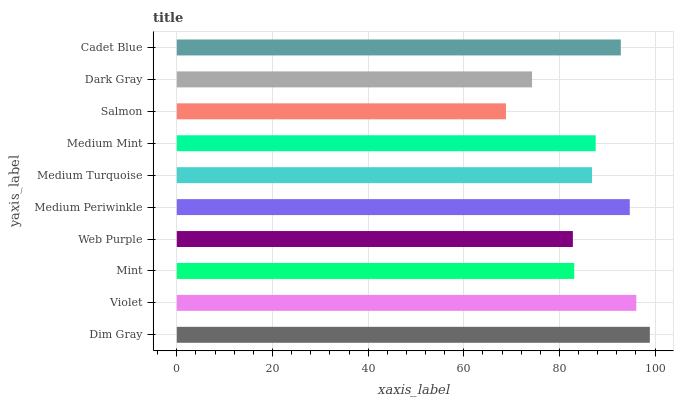
| yaxis_label | bars |
 | --- | --- |
 | Dim Gray | 98.9 |
 | Violet | 96.1 |
 | Mint | 83.1 |
 | Web Purple | 82.8 |
 | Medium Periwinkle | 94.7 |
 | Medium Turquoise | 86.8 |
 | Medium Mint | 87.6 |
 | Salmon | 68.8 |
 | Dark Gray | 74.3 |
 | Cadet Blue | 92.8 |